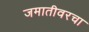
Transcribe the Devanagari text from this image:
जमातीवरचा